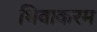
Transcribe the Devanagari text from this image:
थिवाकरम